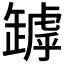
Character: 𦉑